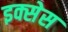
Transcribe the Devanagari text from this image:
इक्सेस